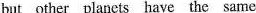
but other planets have the same